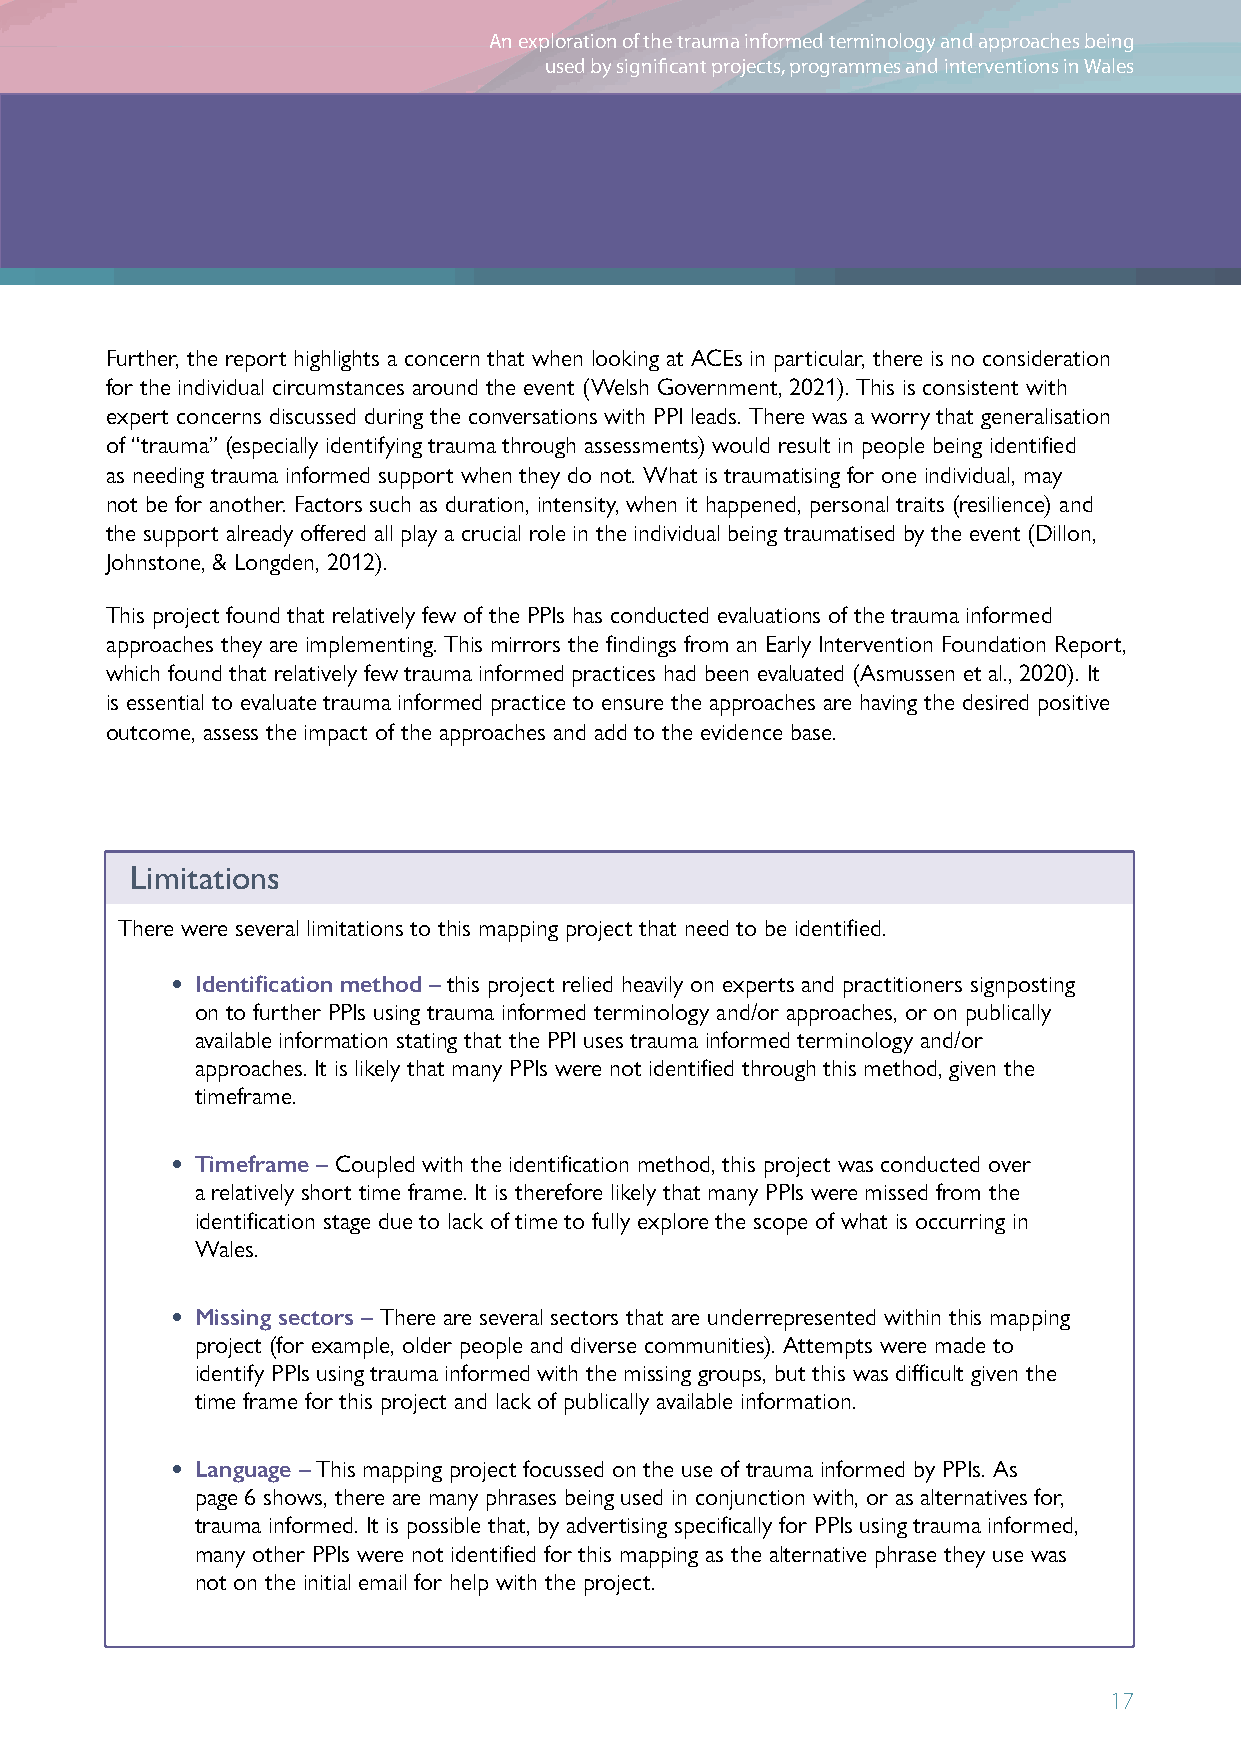
An exploration of the trauma informed terminology and approaches being
 used by significant projects, programmes and interventions in Wales
 Further, the report highlights a concern that when looking at ACEs in particular, there is no consideration
 for the individual circumstances around the event (Welsh Government, 2021). This is consistent with
 expert concerns discussed during the conversations with PPI leads. There was a worry that generalisation
 of “trauma” (especially identifying trauma through assessments) would result in people being identified
 as needing trauma informed support when they do not. What is traumatising for one individual, may
 not be for another. Factors such as duration, intensity, when it happened, personal traits (resilience) and
 the support already offered all play a crucial role in the individual being traumatised by the event (Dillon,
 Johnstone, & Longden, 2012).
 This project found that relatively few of the PPIs has conducted evaluations of the trauma informed
 approaches they are implementing. This mirrors the findings from an Early Intervention Foundation Report,
 which found that relatively few trauma informed practices had been evaluated (Asmussen et al., 2020). It
 is essential to evaluate trauma informed practice to ensure the approaches are having the desired positive
 outcome, assess the impact of the approaches and add to the evidence base.
 Limitations
 There were several limitations to this mapping project that need to be identified.
 • Identification method – this project relied heavily on experts and practitioners signposting
 on to further PPIs using trauma informed terminology and/or approaches, or on publically
 available information stating that the PPI uses trauma informed terminology and/or
 approaches. It is likely that many PPIs were not identified through this method, given the
 timeframe.
 • Timeframe – Coupled with the identification method, this project was conducted over
 a relatively short time frame. It is therefore likely that many PPIs were missed from the
 identification stage due to lack of time to fully explore the scope of what is occurring in
 Wales.
 • Missing sectors – There are several sectors that are underrepresented within this mapping
 project (for example, older people and diverse communities). Attempts were made to
 identify PPIs using trauma informed with the missing groups, but this was difficult given the
 time frame for this project and lack of publically available information.
 • Language – This mapping project focussed on the use of trauma informed by PPIs. As
 page 6 shows, there are many phrases being used in conjunction with, or as alternatives for,
 trauma informed. It is possible that, by advertising specifically for PPIs using trauma informed,
 many other PPIs were not identified for this mapping as the alternative phrase they use was
 not on the initial email for help with the project.
 17